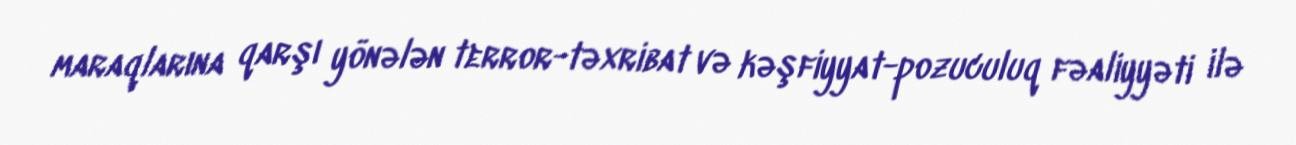
maraqlarına qarşı yönələn terror-təxribat və kəşfiyyat-pozuculuq fəaliyyəti ilə